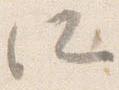
所